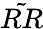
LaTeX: \tilde{RR}